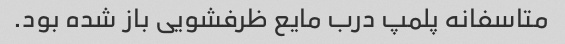
متاسفانه پلمپ درب مایع ظرفشویی باز شده بود.